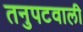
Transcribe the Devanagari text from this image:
तनुपटवाली